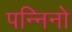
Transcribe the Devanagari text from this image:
पन्निनो